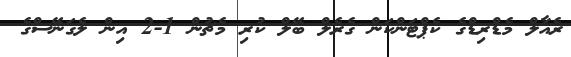
ރެއާލް މެޑްރިޑްގެ ކެޕްޓަންކަން ގެރެލް ބޭލް ކުރި މެޗުން 1-2 އިން ލެގަނޭސްގެ